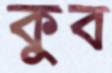
কুব